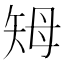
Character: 𥎳